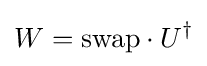
W={\text{swap}}\cdot U^{\dagger }